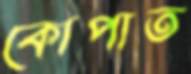
কোপাত